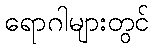
ရောဂါများတွင်